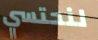
لنحتسي